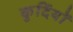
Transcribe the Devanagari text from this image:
कुर्दियों